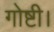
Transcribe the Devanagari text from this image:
गोष्टी।